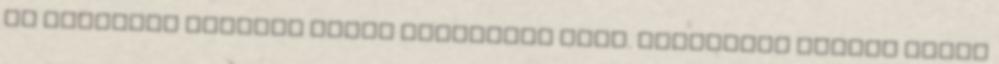
is Krisztus hiteles tanúi lehessünk Ámen. Meszlényi Zoltán Lajos